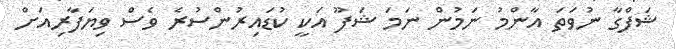
ޝަފްގާ ނުވަތަ އާންމު ނަމުން ނަމަ ޝަފޫ އަކީ ކުޑައިރުންސުރެ ވެސް ވިޔަފާރިއަށް